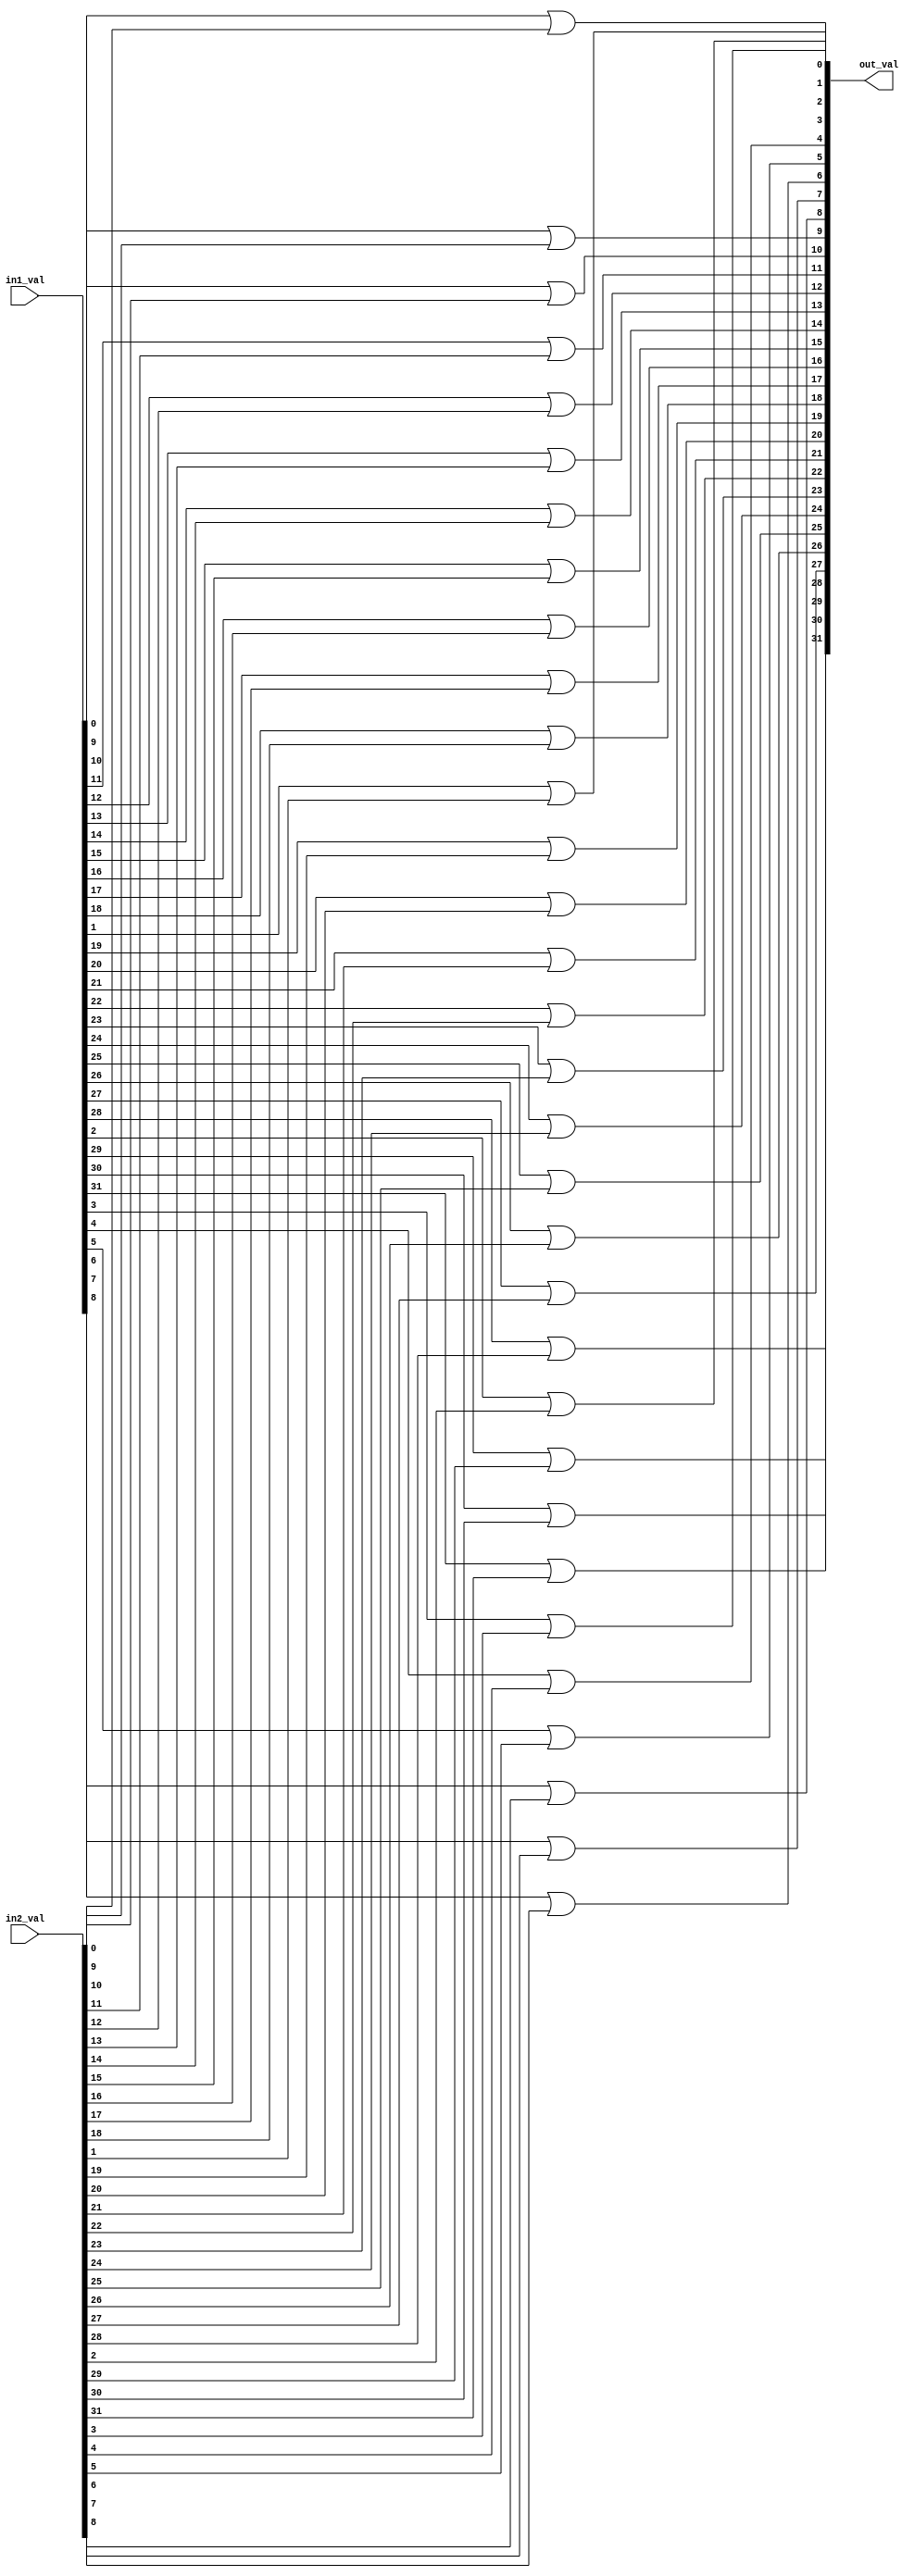
`timescale 1ns / 1ps
//////////////////////////////////////////////////////////////////////////////////
// Company: 
// Engineer: 
// 
// Design Name: 
// Module Name: NBit_OR
// Project Name: 
// Target Devices: 
// Tool Versions: 
// Description: 
// 
// Dependencies: 
// 
// Revision:
// Revision 0.01 - File Created
// Additional Comments:
// 
//////////////////////////////////////////////////////////////////////////////////


module NBit_OR #(parameter N = 32)(in1_val, in2_val, out_val);

    input [N-1:0] in1_val;
    input [N-1:0] in2_val;
    output [N-1:0] out_val;   
    
    genvar i;

    generate
        for (i = 0; i < N; i = i + 1) begin
            or or_gate(out_val[i], in1_val[i], in2_val[i]);
        end
    endgenerate

endmodule